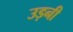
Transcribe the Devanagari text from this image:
उड़नी